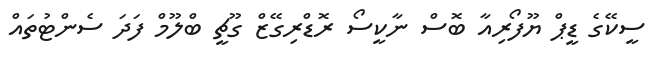
ސީކޭގެ ޑީޕް ޔޫފޯރިއާ ބޮސް ނާކީސޯ ރޮޑްރިގޭޒް ގޫޗީ ބްލޫމް ފަދަ ސެންޓުތައް